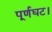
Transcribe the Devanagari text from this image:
पूर्णघट।